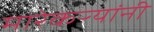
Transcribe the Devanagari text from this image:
मारेकऱ्यांनी